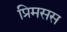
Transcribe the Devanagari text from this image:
प्रिमसस